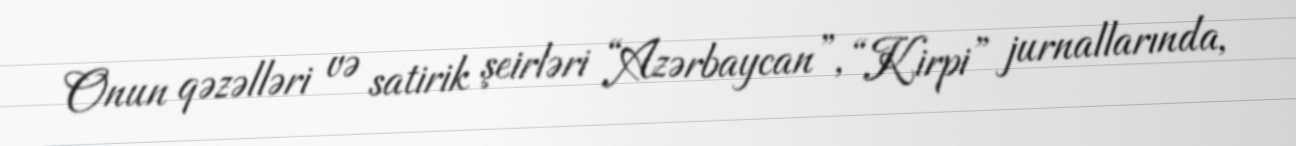
Onun qəzəlləri və satirik şeirləri “Azərbaycan”, “Kirpi” jurnallarında,